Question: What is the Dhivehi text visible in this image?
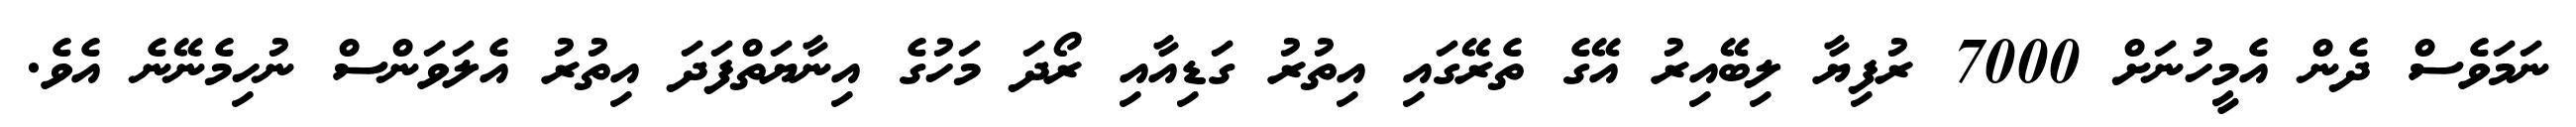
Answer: ނަމަވެސް ދެން އެމީހުނަށް 7000 ރުފިޔާ ލިބޭއިރު އޭގެ ތެރޭގައި އިތުރު ގަޑިއާއި ރޯދަ މަހުގެ އިނާޔަތްފަދަ އިތުރު އެލަވަންސް ނުހިމެނޭނެ އެވެ.